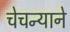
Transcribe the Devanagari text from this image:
चेचन्याने